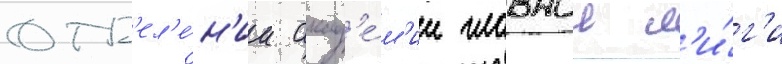
отд'ел'е́н'ии акад'е́м'ии главнои л'и́г'и